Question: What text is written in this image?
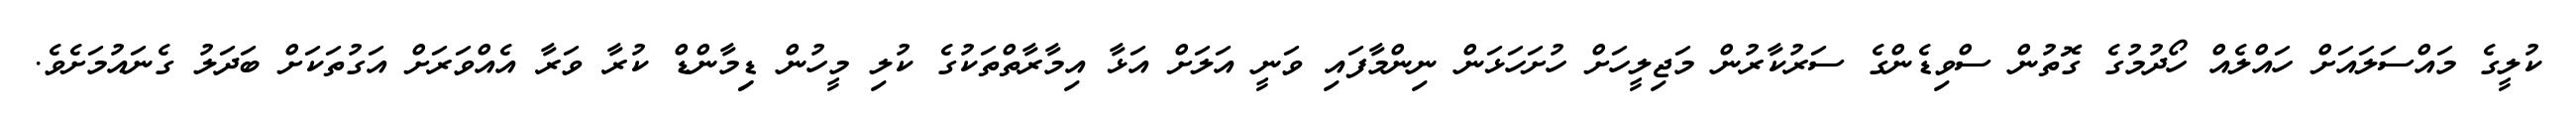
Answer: ކުލީގެ މައްސަލައަށް ހައްލެއް ހޯދުމުގެ ގޮތުން ސްވިޑެންގެ ސަރުކާރުން މަޖިލީހަށް ހުށަހަޅަން ނިންމާފައި ވަނީ އަލަށް އަޅާ އިމާރާތްތަކުގެ ކުލި މީހުން ޑިިމާންޑް ކުރާ ވަރާ އެއްވަރަށް އަގުތަކަށް ބަދަލު ގެނައުމަށެވެ.